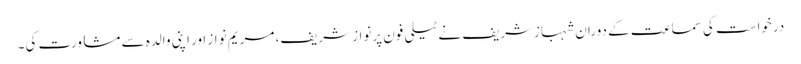
درخواست کی سماعت کے دوران شہبازشریف نے ٹیلی فون پرنواز شریف، مریم نواز اور اپنی والدہ سے مشاورت کی۔